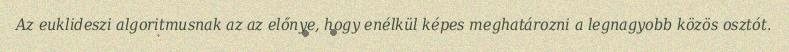
Az euklideszi algoritmusnak az az előnye, hogy enélkül képes meghatározni a legnagyobb közös osztót.